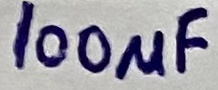
Text: 100µF